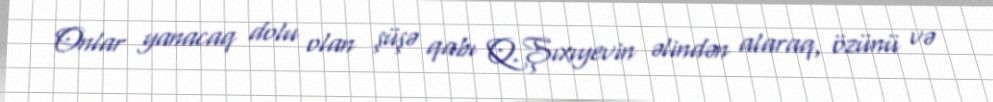
Onlar yanacaq dolu olan şüşə qabı Q.Şıxıyevin əlindən alaraq, özünü və